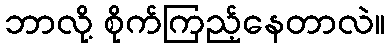
ဘာလို့ စိုက်ကြည့်နေတာလဲ။